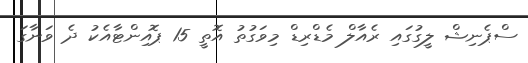
ސްޕެނިޝް ލީގުގައި ރެއާލް މެޑްރިޑް މިވަގުތު އޮތީ 15 ޕޮއިންޓާއެކު ދެ ވަނާގަ